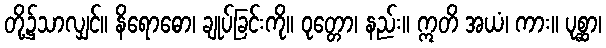
တို့၌သာလျှင်။ နိရောဓော၊ ချုပ်ခြင်းကို။ ဝုတ္တော၊ နည်း။ ဣတိ အယံ၊ ကား။ ပုစ္ဆာ၊